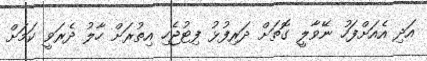
އަދި އެއަށްފަހު ނޭވާލީ ގޮތަށް ދަރިފުޅު ފިޓުޖެހި އިތުރަށް ހާލު ދެރަވީ ކަމަށް